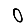
Digit: 0